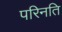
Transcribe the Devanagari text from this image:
परिनति